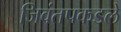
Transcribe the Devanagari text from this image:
जिवंतपकडले